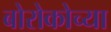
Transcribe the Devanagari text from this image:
बोरोकोच्या